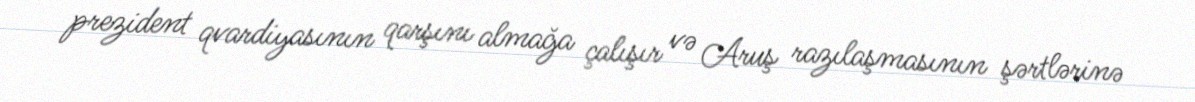
prezident qvardiyasının qarşını almağa çalışır və Aruş razılaşmasının şərtlərinə